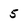
Character: 5